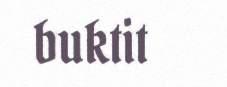
buktit